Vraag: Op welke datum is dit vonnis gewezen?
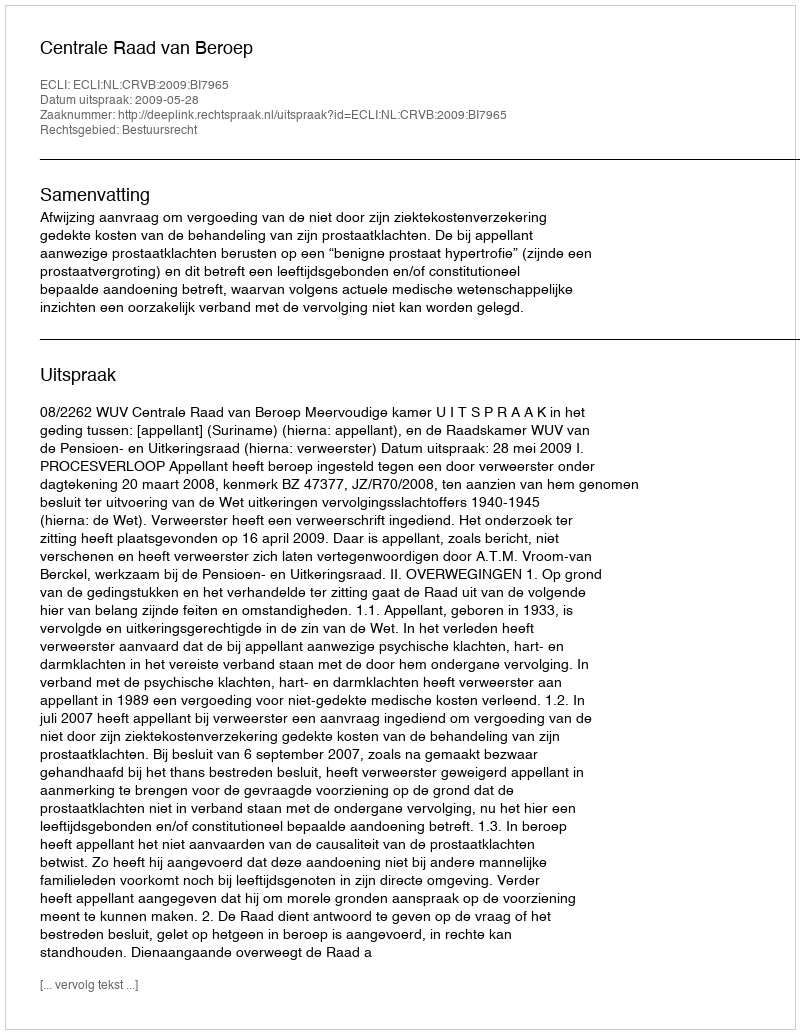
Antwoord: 2009-05-28